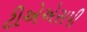
ટીએએસપી